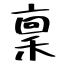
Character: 稟